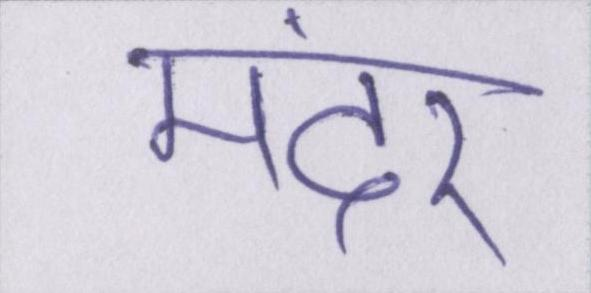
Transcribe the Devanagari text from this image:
मंदेर